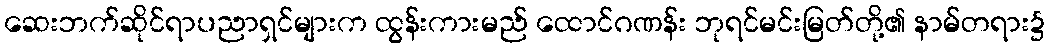
ဆေးဘက်ဆိုင်ရာပညာရှင်များက ထွန်းကားမည် ထောင်ဂဏန်း ဘုရင်မင်းမြတ်တို့၏ နာမ်တရား၌